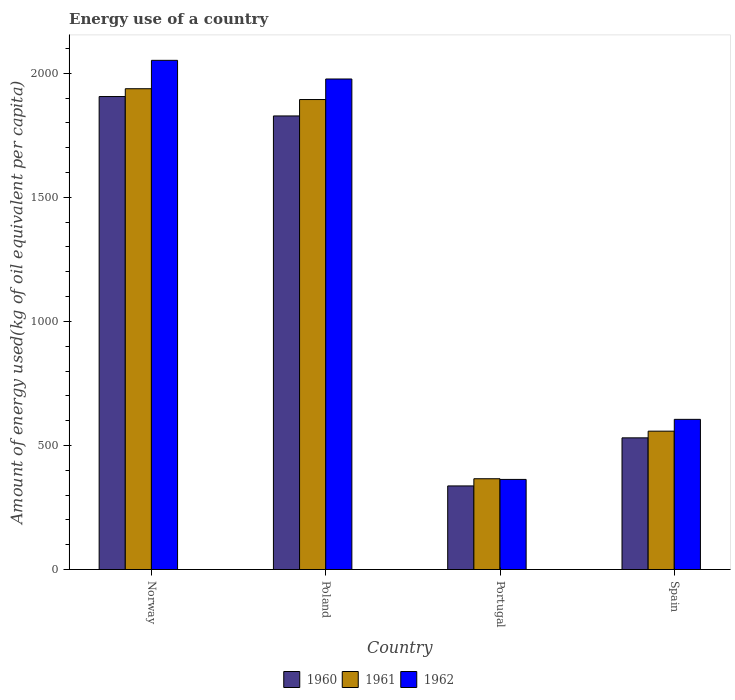
| Country | 1960 | 1961 | 1962 |
 | --- | --- | --- | --- |
 | Norway | 1.91e+03 | 1.94e+03 | 2.05e+03 |
 | Poland | 1.83e+03 | 1.89e+03 | 1.98e+03 |
 | Portugal | 337 | 366 | 363 |
 | Spain | 531 | 558 | 605 |